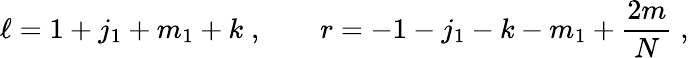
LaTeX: \ell=1+j_{1}+m_{1}+k\; ,\qquad r=-1-j_{1}-k-m_{1}+{\frac{2m}{N}}\; ,